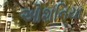
ઓશનિયા